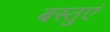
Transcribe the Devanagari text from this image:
बस्तुएं